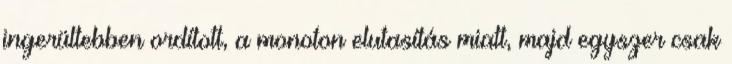
ingerültebben ordított, a monoton elutasítás miatt, majd egyszer csak